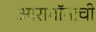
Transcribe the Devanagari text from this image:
आरागॉनाची